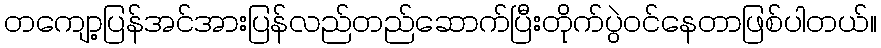
တကျော့ပြန်အင်အားပြန်လည်တည်ဆောက်ပြီးတိုက်ပွဲဝင်နေတာဖြစ်ပါတယ်။